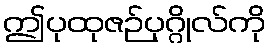
ဤပုထုဇဉ်ပုဂ္ဂိုလ်ကို